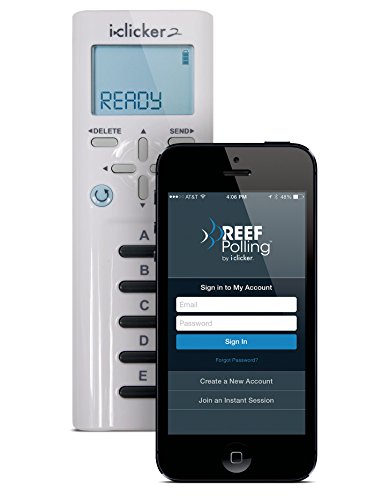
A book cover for i>clicker 2 Remote (with 6 month REEF Polling Access); iclicker; Test Preparation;